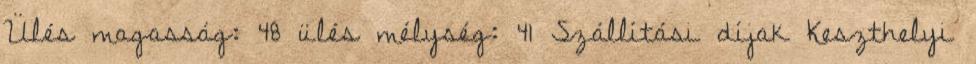
Ülés magasság: 48 ülés mélység: 41 Szállítási díjak Keszthelyi